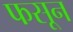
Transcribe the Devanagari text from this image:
फसून